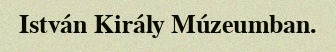
István Király Múzeumban.